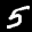
Label: 5